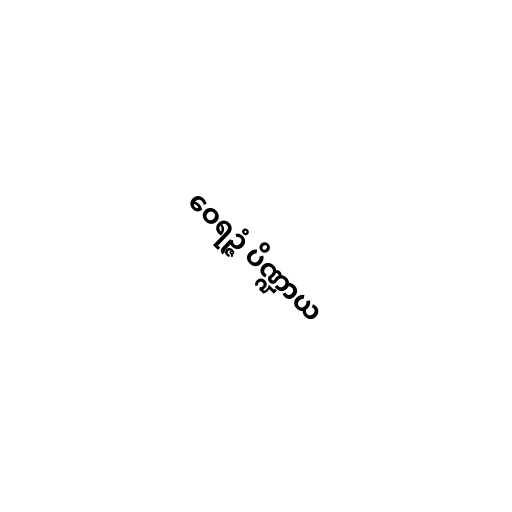
ဝေရဉ္ဇံ ပိဏ္ဍာယ